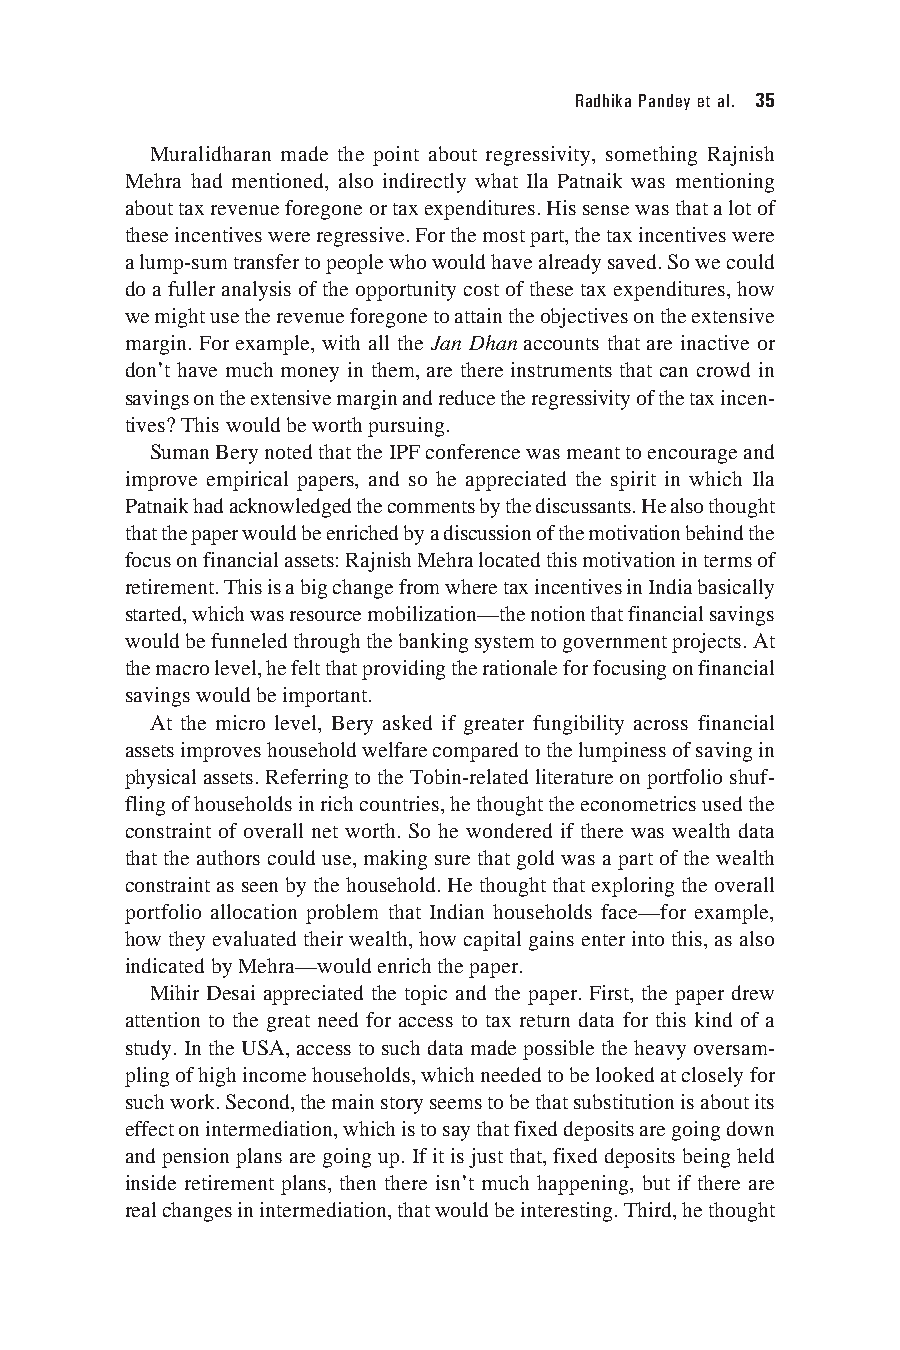
Radhika Pandey et al. 35
 Muralidharan made the point about regressivity, something Rajnish
 Mehra had mentioned, also indirectly what Ila Patnaik was mentioning
 about tax revenue foregone or tax expenditures. His sense was that a lot of
 these incentives were regressive. For the most part, the tax incentives were
 a lump-sum transfer to people who would have already saved. So we could
 do a fuller analysis of the opportunity cost of these tax expenditures, how
 we might use the revenue foregone to attain the objectives on the extensive
 margin. For example, with all the Jan Dhan accounts that are inactive or
 don’t have much money in them, are there instruments that can crowd in
 savings on the extensive margin and reduce the regressivity of the tax incen-
 tives? This would be worth pursuing.
 Suman Bery noted that the IPF conference was meant to encourage and
 improve empirical papers, and so he appreciated the spirit in which Ila
 Patnaik had acknowledged the comments by the discussants. He also thought
 that the paper would be enriched by a discussion of the motivation behind the
 focus on financial assets: Rajnish Mehra located this motivation in terms of
 retirement. This is a big change from where tax incentives in India basically
 started, which was resource mobilization—the notion that financial savings
 would be funneled through the banking system to government projects. At
 the macro level, he felt that providing the rationale for focusing on financial
 savings would be important.
 At the micro level, Bery asked if greater fungibility across financial
 assets improves household welfare compared to the lumpiness of saving in
 physical assets. Referring to the Tobin-related literature on portfolio shuf-
 fling of households in rich countries, he thought the econometrics used the
 constraint of overall net worth. So he wondered if there was wealth data
 that the authors could use, making sure that gold was a part of the wealth
 constraint as seen by the household. He thought that exploring the overall
 portfolio allocation problem that Indian households face—for example,
 how they evaluated their wealth, how capital gains enter into this, as also
 indicated by Mehra—would enrich the paper.
 Mihir Desai appreciated the topic and the paper. First, the paper drew
 attention to the great need for access to tax return data for this kind of a
 study. In the USA, access to such data made possible the heavy oversam-
 pling of high income households, which needed to be looked at closely for
 such work. Second, the main story seems to be that substitution is about its
 effect on intermediation, which is to say that fixed deposits are going down
 and pension plans are going up. If it is just that, fixed deposits being held
 inside retirement plans, then there isn’t much happening, but if there are
 real changes in intermediation, that would be interesting. Third, he thought